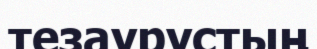
тезаурустың